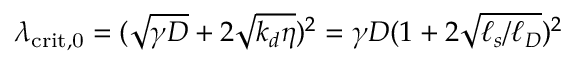
\lambda _ { \mathrm { c r i t , 0 } } = ( \sqrt { \gamma D } + 2 \sqrt { k _ { d } \eta } ) ^ { 2 } = \gamma D ( 1 + 2 \sqrt { \ell _ { s } / \ell _ { D } } ) ^ { 2 }